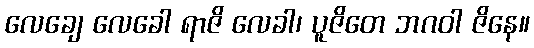
လေချေ လေခေါ ရာဇိ လေခါ၊ ပူဇိတေ ဘဂဝါ ဇိနေ။